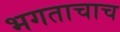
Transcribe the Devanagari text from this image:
भगताचाच